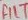
Text: FILT